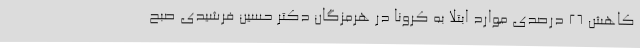
کاهش 26 درصدی موارد ابتلا به کرونا در هرمزگان دکتر حسین فرشیدی صبح